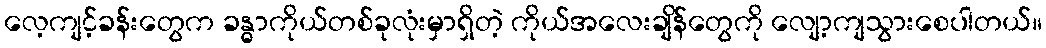
လေ့ကျင့်ခန်းတွေက ခန္ဓာကိုယ်တစ်ခုလုံးမှာရှိတဲ့ ကိုယ်အလေးချိန်တွေကို လျော့ကျသွားစေပါတယ်။